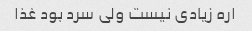
اره زیادی نیست ولی سرد بود غذا